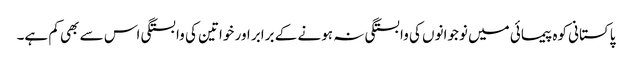
پاکستانی کوہ پیمائی میں نوجوانوں کی وابستگی نہ ہونے کے برابر اور خواتین کی وابستگی اس سے بھی کم ہے۔